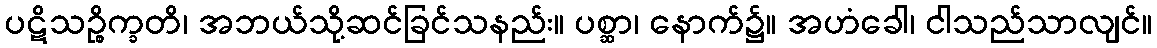
ပဋိသဉ္စိက္ခတိ၊ အဘယ်သို့ဆင်ခြင်သနည်း။ ပစ္ဆာ၊ နောက်၌။ အဟံခေါ၊ ငါသည်သာလျင်။